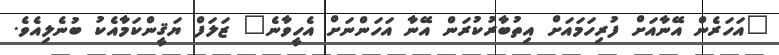
"އަހަރެން އޭނާއަށް ފުރިހަމައަށް އިތުބާރުކުރަން އޭނާ އަހަންނަށް އެހީވާނެ" ޒަލަފް ޔަޤީންކަމާއެކު ބުނެލިއެވެ.